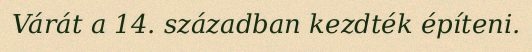
Várát a 14. században kezdték építeni.